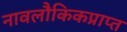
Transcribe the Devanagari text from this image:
नावलौकिकप्राप्त